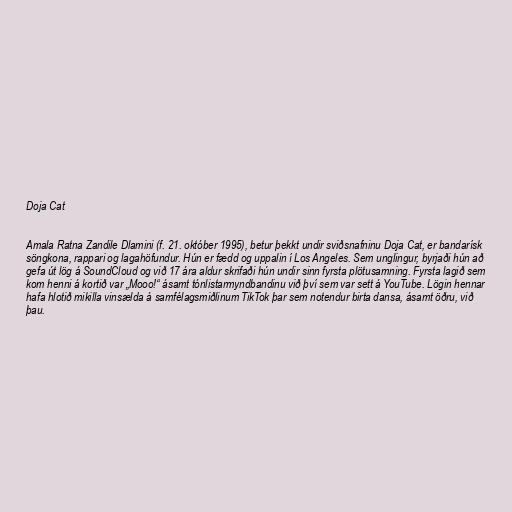
Doja Cat

Amala Ratna Zandile Dlamini (f. 21. október 1995), betur þekkt undir sviðsnafninu Doja Cat, er bandarísk
söngkona, rappari og lagahöfundur. Hún er fædd og uppalin í Los Angeles. Sem unglingur, byrjaði hún að
gefa út lög á SoundCloud og við 17 ára aldur skrifaði hún undir sinn fyrsta plötusamning. Fyrsta lagið sem
kom henni á kortið var „Mooo!“ ásamt tónlistarmyndbandinu við því sem var sett á YouTube. Lögin hennar
hafa hlotið mikilla vinsælda á samfélagsmiðlinum TikTok þar sem notendur birta dansa, ásamt öðru, við
þau.